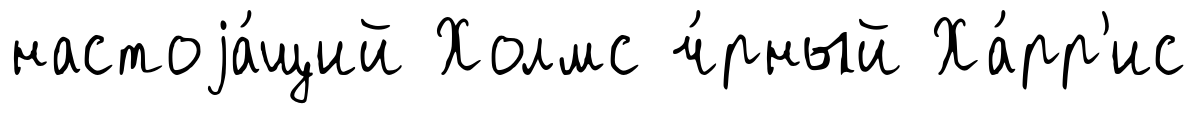
настоjа́щий Холмс ч́рный Ха́рр'ис